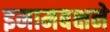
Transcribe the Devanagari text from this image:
इमामबक्षने